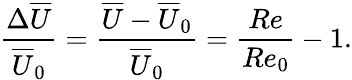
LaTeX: \frac{\Delta\overline{{U}}}{\overline{{U}}_{0}}=\frac{\overline{{U}}-\overline{{U}}_{0}}{\overline{{U}}_{0}}=\frac{Re}{Re_{0}}-1.